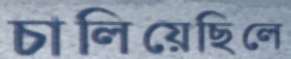
চালিয়েছিলে